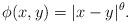
LaTeX: \begin{align*}\phi(x,y)=|x-y|^\theta.\end{align*}